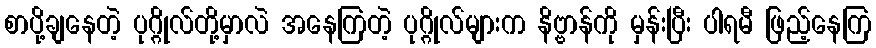
စာပို့ချနေတဲ့ ပုဂ္ဂိုလ်တို့မှာလဲ အနေကြတဲ့ ပုဂ္ဂိုလ်များက နိဗ္ဗာန်ကို မှန်းပြီး ပါရမီ ဖြည့်နေကြ